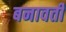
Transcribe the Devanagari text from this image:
बनावती